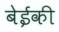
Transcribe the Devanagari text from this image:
बेईकी